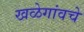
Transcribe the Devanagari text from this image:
खळेगांवचे